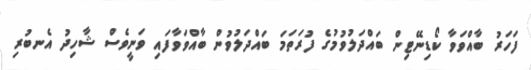
ފަހަރު ބާއްވަވާ ކޯޑިނޭޓިން ބައްދަލުވުމުގެ ފުރަތަމަ ބައްދަލުވުން ބާއްވަވާފައި ވަނީވެސް ޝާހިދު އެނބުރި